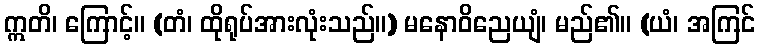
ဣတိ၊ ကြောင့်။ (တံ၊ ထိုရုပ်အားလုံးသည်။) မနောဝိညေယျံ၊ မည်၏။ (ယံ၊ အကြင်